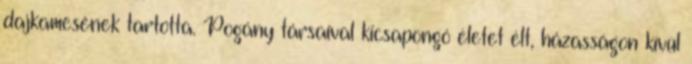
dajkamesének tartotta. Pogány társaival kicsapongó életet élt, házasságon kívül